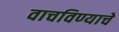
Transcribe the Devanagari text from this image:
वाचविण्याचे